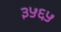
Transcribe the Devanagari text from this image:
३५६५